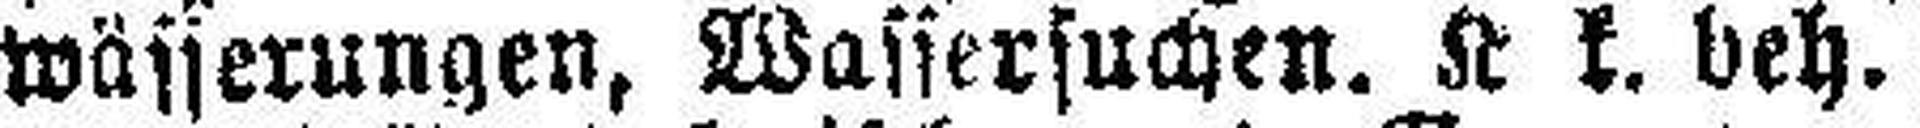
wässerungen, Wassersuchen. K k. beh.